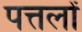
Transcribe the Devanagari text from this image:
पत्तलों